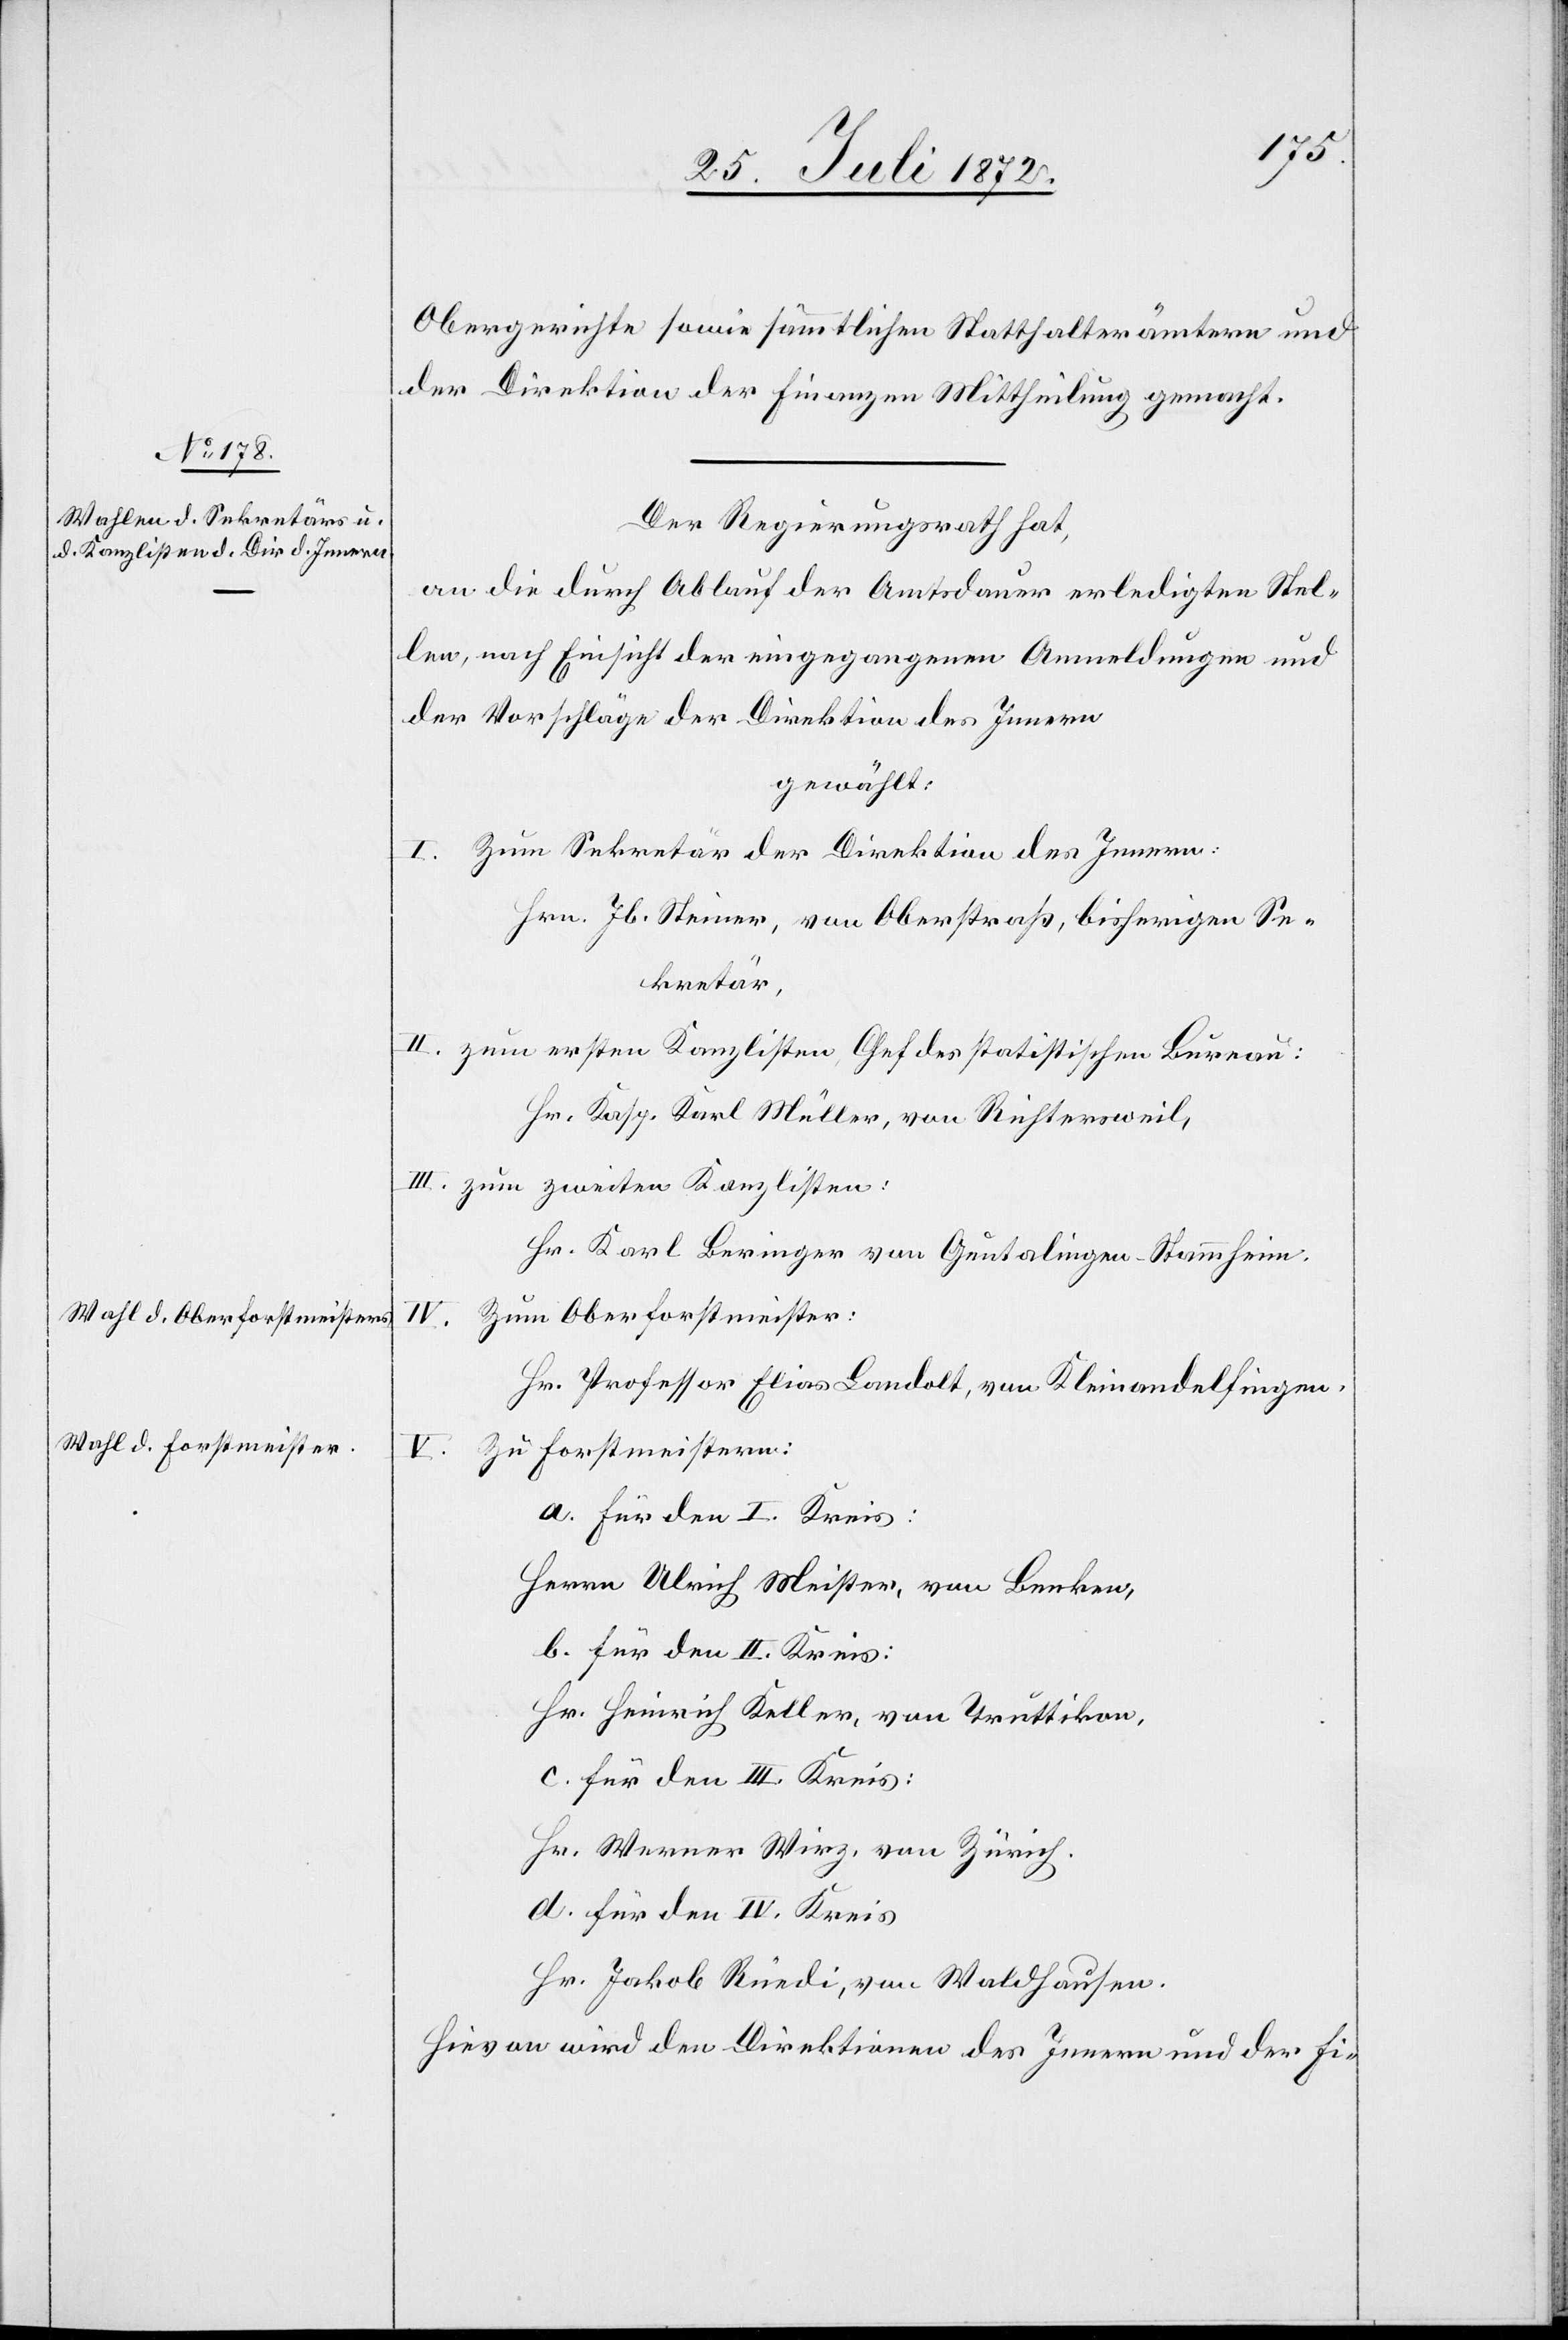
Obergerichte sowie sämmtlichen Statthalterämtern und
der Direktion der Finanzen Mittheilung gemacht.
Der Regierungsrath hat,
an die durch Ablauf der Amtsdauer erledigten Stel¬
len, nach Einsicht der eingegangenen Anmeldungen und
der Vorschläge der Direktion des Innern
gewählt:
I. Zum Sekretär der Direktion des Innern:
Hrn. Jb. Steiner, von Oberstraß, bisherigen Se¬
kretär,
II. zum ersten Kanzlisten, Chef des statistischen Bureau:
Hr. Kasp. Karl Müller, von Richtersweil,
III. zum zweiten Kanzlisten:
Hr. Karl Beringer von Geutalingen-Stammheim.
Zum Oberforstmeister:
Hr. Professor Elias Landolt, von Kleinandelfingen.
Zu Forstmeistern:
a. für den I. Kreis:
Herrn Ulrich Meister, von Benken,
b. für den II. Kreis:
Hr. Heinrich Keller, von Truttikon,
c. für den III. Kreis:
Hr. Werner Wirz, von Zürich.
d. für den IV. Kreis:
Hr. Jakob Rüedi, von Waldhausen.
Hievon wird den Direktionen des Innern und der Fi-